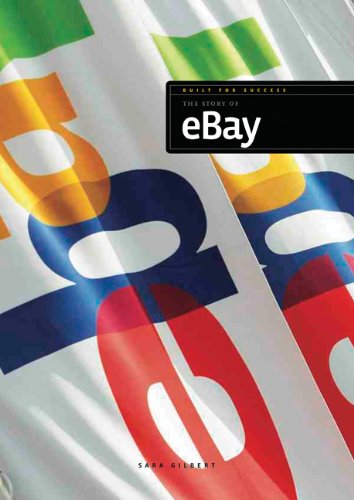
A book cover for Built for Success: The Story of eBay; Sara Gilbert; Children's Books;